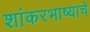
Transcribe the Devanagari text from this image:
शांकरभाष्याचे